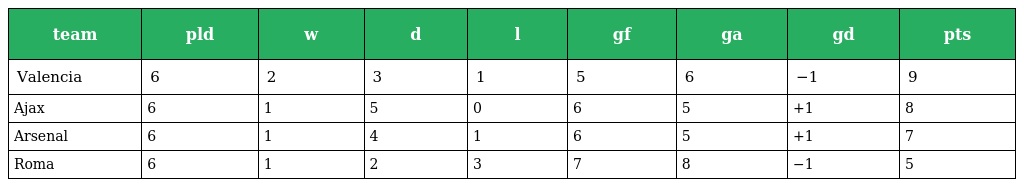
| team | pld | w | d | l | gf | ga | gd | pts |
 | --- | --- | --- | --- | --- | --- | --- | --- | --- |
 | Valencia | 6 | 2 | 3 | 1 | 5 | 6 | −1 | 9 |
 | Ajax | 6 | 1 | 5 | 0 | 6 | 5 | +1 | 8 |
 | Arsenal | 6 | 1 | 4 | 1 | 6 | 5 | +1 | 7 |
 | Roma | 6 | 1 | 2 | 3 | 7 | 8 | −1 | 5 |